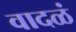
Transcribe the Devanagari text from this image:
वादळं